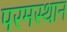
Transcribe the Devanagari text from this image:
परमस्थान